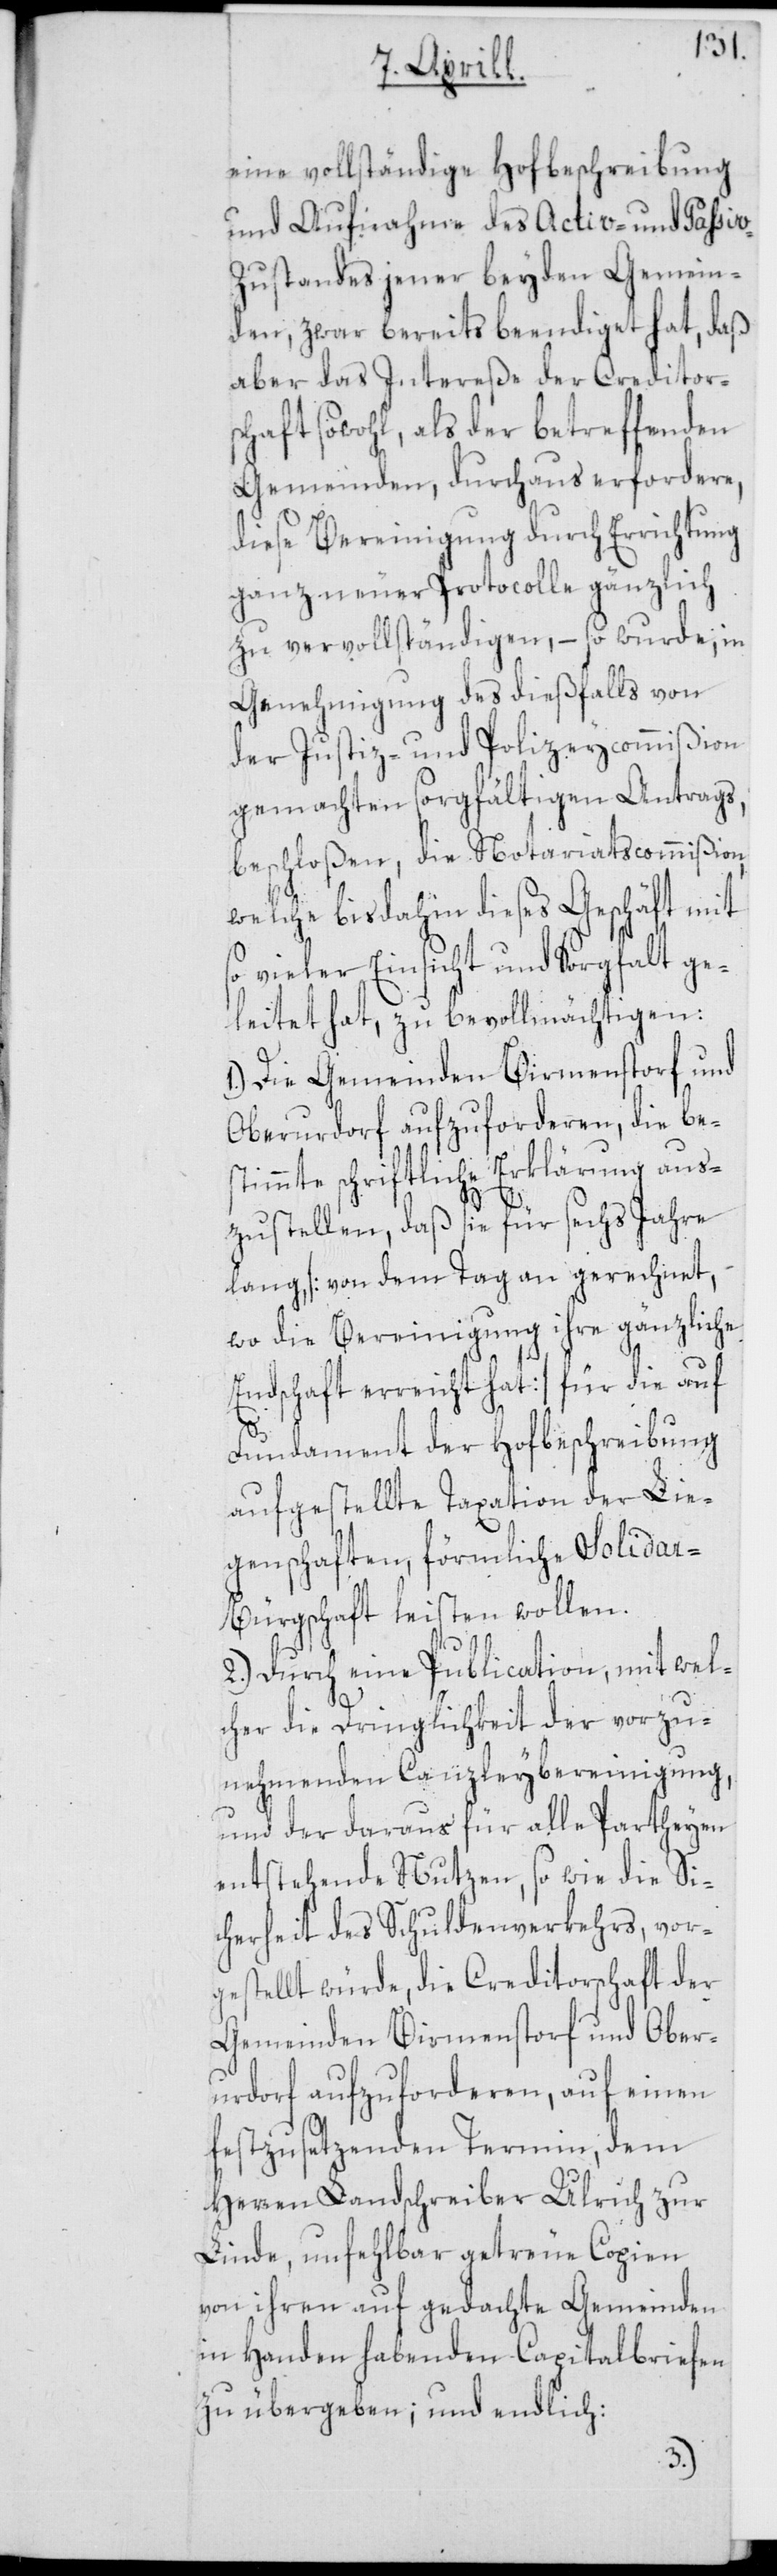
eine vollständige Hofbeschreibung
und Aufnahme des Activ- und Paßiv-Z¬
ustandes jener beyden Gemein¬
den, zwar bereits beendiget hat, daß
aber das Intereße der Creditor¬
schaft sowohl, als der betreffenden
Gemeinden, durchaus erfordere,
diese Bereinigung durch Errichtung
ganz neuer Protocolle gänzlich
zu vervollständigen, – so wurde, in
Genehmigung des dießfalls von
der Justiz- und Polizeycommißion
gemachten sorgfältigen Antrags,
beschloßen, die Notariatscommißion,
welche bis dahin dieses Geschäft mit
vieler Einsicht und Sorgfalt ge¬
leitet hat, zu bevollmächtigen:
1.) Die Gemeinden Birmenstorf und
Oberurdorf aufzuforderen, die bes¬
timmte schriftliche Erklärung aus¬
zustellen, daß sie für sechs Jahre
lang, [von dem Tag an gerechnet,
wo die Bereinigung ihre gänzliche
Endschaft erreicht hat] für die auf
Fundament der Hofbeschreibung
aufgestellte Taxation der Lie¬
genschaften, förmliche Solidar-B¬
ürgschaft leisten wollen.
2.) Durch eine Publication, mit wel¬
cher die Dringlichkeit der vorzu¬
nehmenden Canzleybereinigung,
und der daraus für alle Partheyen
entstehende Nutzen, so wie die Si¬
cherheit des Schuldenverkehrs, vor¬
gestellt würde, die Creditorschaft der
Gemeinden Birmenstorf und Ober¬
urdorf aufzuforderen, auf einen
festzusetzenden Termin, dem
Herren Landschreiber Ulrich zur
Linde, unfehlbar getreue Copien
von ihren auf gedachte Gemeinden
in Handen habenden Capitalbriefen
zu übergeben; und endlich: